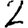
Digit: 2